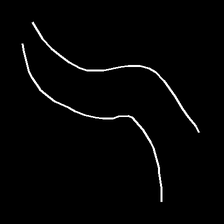
Glyph: float